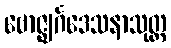
ဗောဇ္ဈင်္ဂဒေသနာသုတ္တ